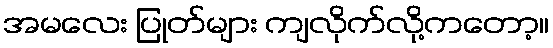
အမလေး ပြုတ်များ ကျလိုက်လို့ကတော့။